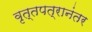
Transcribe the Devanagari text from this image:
वृत्तपत्रानंतर